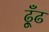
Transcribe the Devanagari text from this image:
ढ़ूँढ